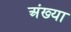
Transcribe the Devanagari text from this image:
अंख्या